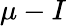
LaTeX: \mu-I